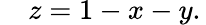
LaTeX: \quad z=1-x-y.\,